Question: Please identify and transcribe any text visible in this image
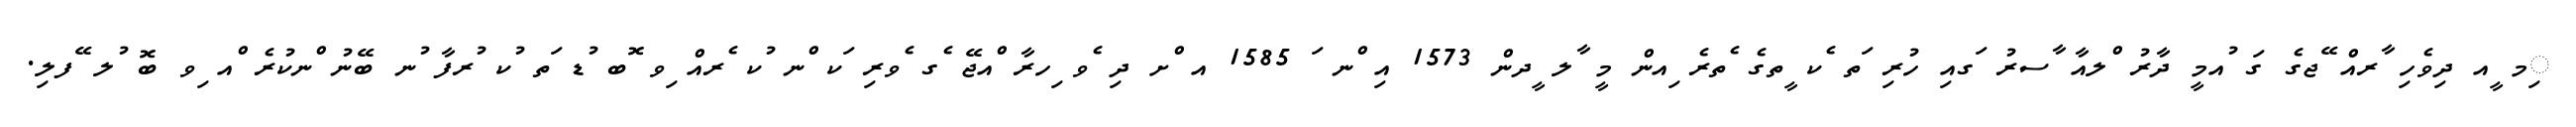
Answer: ިމ ީއ ދިވެހި ާރއް ޭޖގެ ގަ ުއމީ ދާރު ްލއާ ާސރު ަގއި ހުރި ަތ ެކ ީތގެ ެތރެ ިއން މީ ާލ ީދން 1573 އި ްނ ަ 1585 އ ްށ ދި ެވ ިހރާ ްއޖޭ ެގ ެވރި ަކ ްނ ުކ ެރއް ިވ ޮބ ުޑ ަތ ުކ ުރފާ ުނ ބޭނު ްނކުރެ ްއ ިވ ބޮ ުލ ޭފލި.